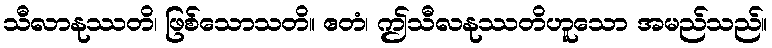
သီလာနုဿတိ၊ ဖြစ်သောသတိ။ ဧတံ၊ ဤသီလနုဿတိဟူသော အမည်သည်။